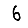
Digit: 6